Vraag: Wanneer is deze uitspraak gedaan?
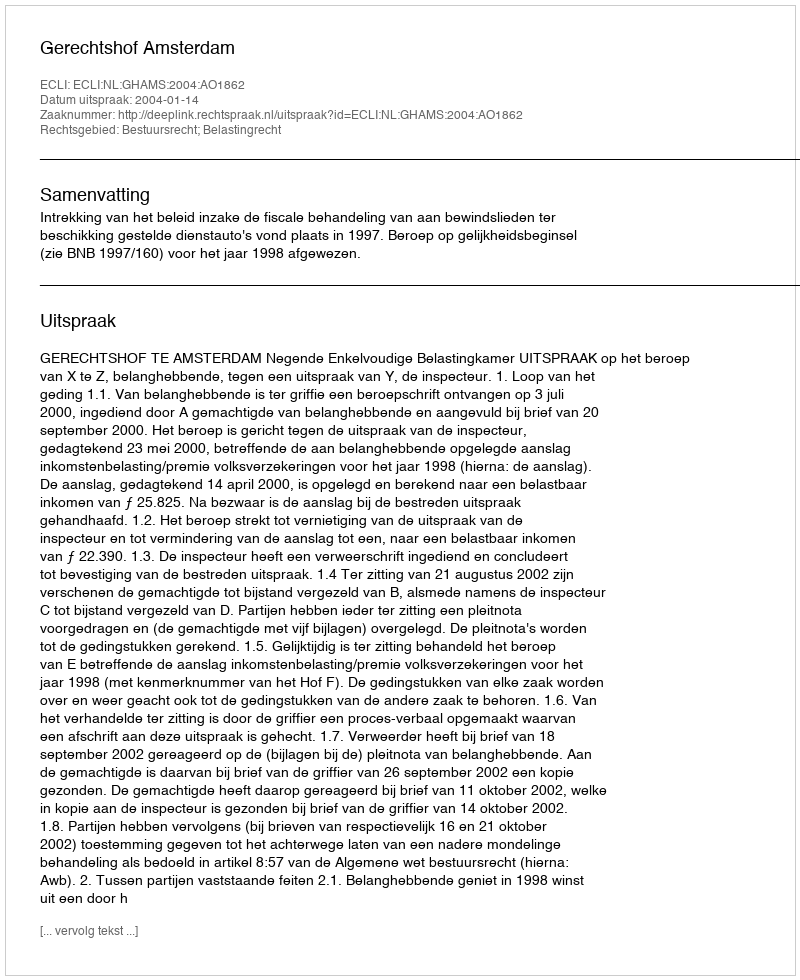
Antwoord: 2004-01-14